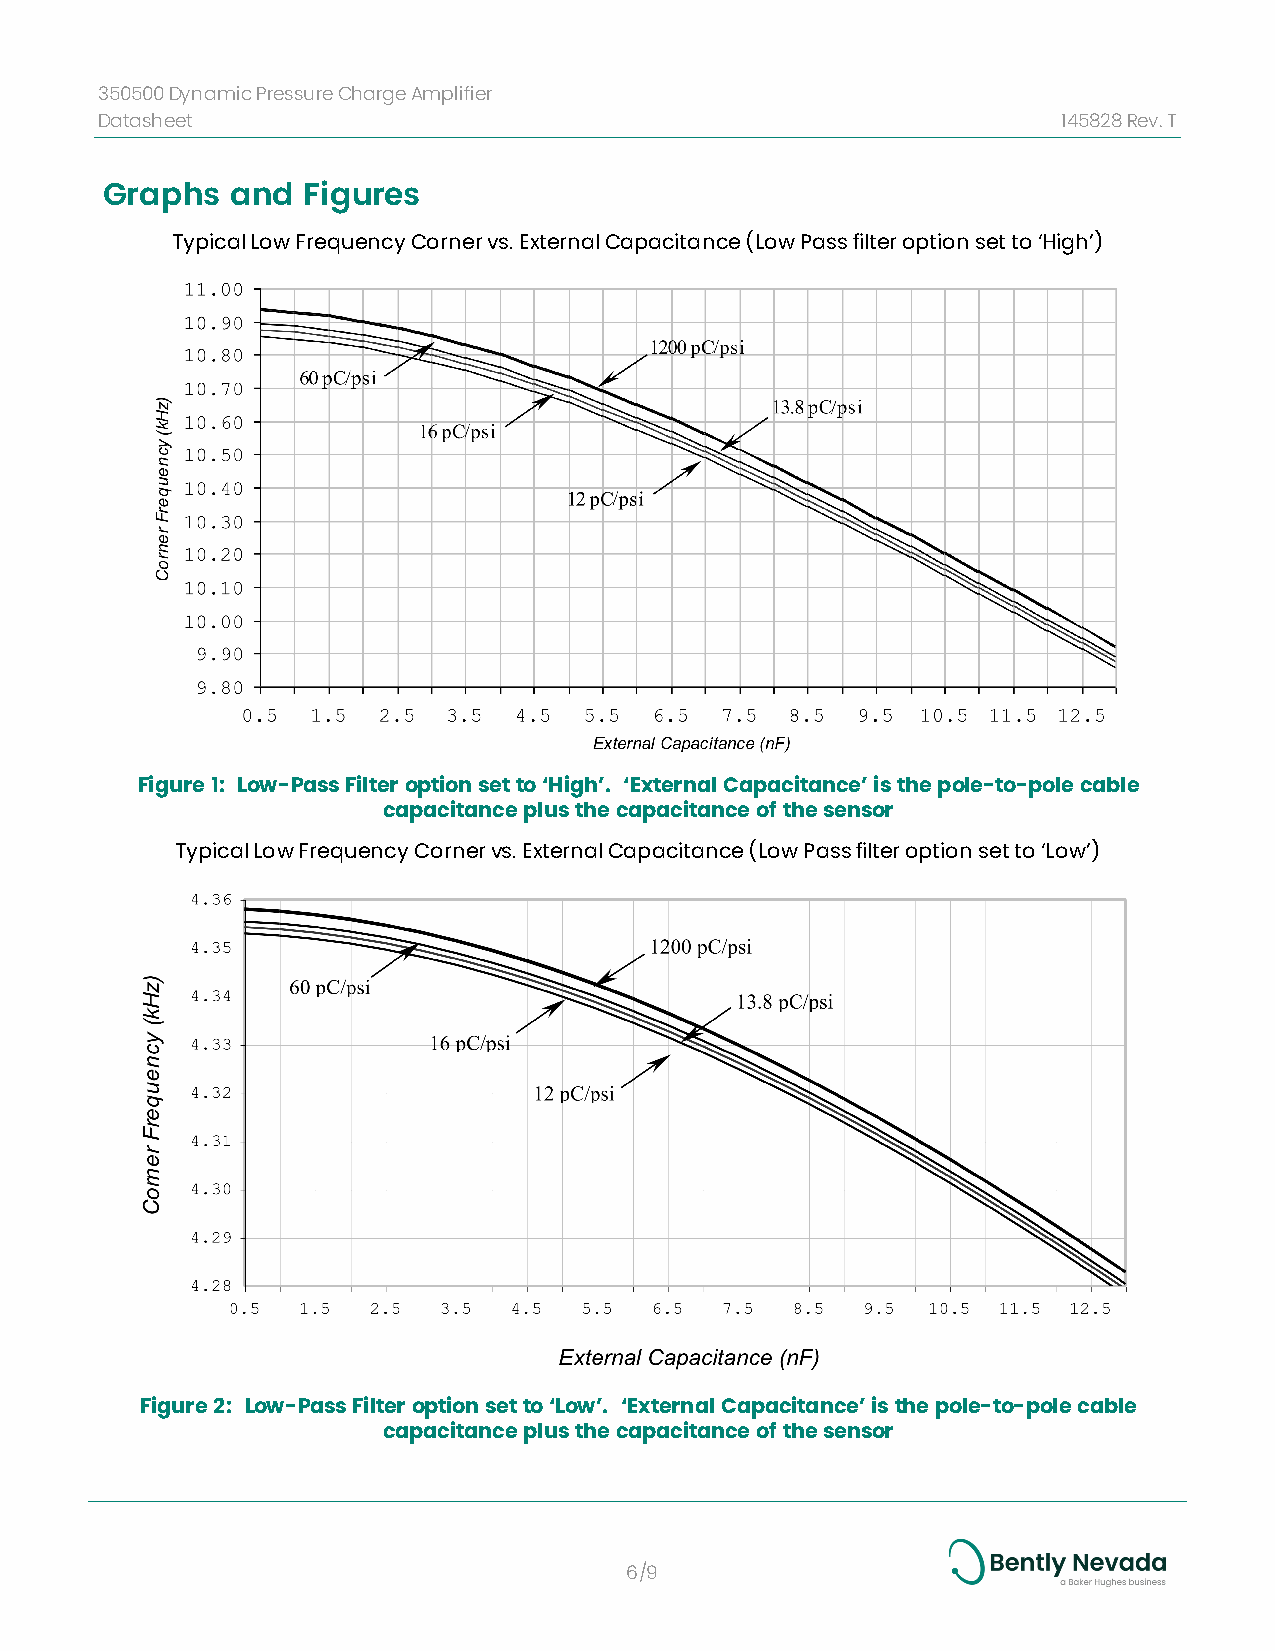
350500DynamicPressureChargeAmplifier
 Datasheet                                                      145828Rev.T
 Graphs  and  Figures
 Typical Low Frequency Corner vs. External Capacitance (Low Pass filter option set to ‘High’)
 Figure 1: Low-Pass Filter option set to ‘High’. ‘External Capacitance’ is the pole-to-pole cable
 capacitance plus the capacitance of the sensor
 Typical Low Frequency Corner vs. External Capacitance (Low Pass filter option set to ‘Low’)
 Figure 2: Low-Pass Filter option set to ‘Low’. ‘External Capacitance’ is the pole-to-pole cable
 capacitance plus the capacitance of the sensor
 6/9